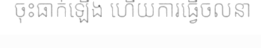
ចុះធាក់ឡើង ហើយការធ្វើចលនា